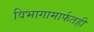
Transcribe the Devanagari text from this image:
विभागामार्फतही